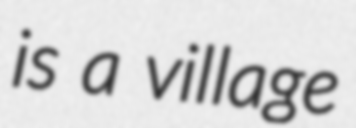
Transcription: is a village